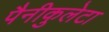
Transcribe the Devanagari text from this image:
पैनीकुलेटा